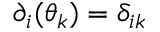
\partial _ { i } ( \theta _ { k } ) = \delta _ { i k }